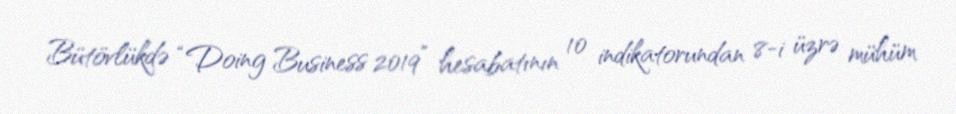
Bütövlükdə “Doing Business 2019” hesabatının 10 indikatorundan 8-i üzrə mühüm